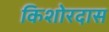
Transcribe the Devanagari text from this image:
किशोरदास